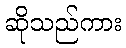
ဆိုသည်ကား